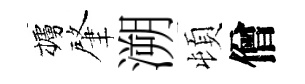
櫨肇溯頓僧